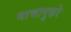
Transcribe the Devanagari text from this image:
माचापुछरे